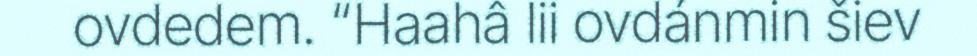
ovdedem. “Haahâ lii ovdánmin šiev